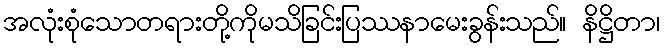
အလုံးစုံသောတရားတို့ကိုမသိခြင်းပြဿနာမေးခွန်းသည်။ နိဋ္ဌိတာ၊